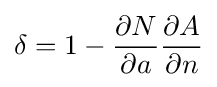
\delta =1-{\frac {\partial N}{\partial a}}{\frac {\partial A}{\partial n}}